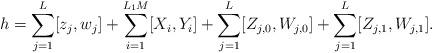
LaTeX: \begin{align*}h=\sum_{j=1}^{L} [z_j,w_j]+\sum_{i=1}^{L_1M} [X_i,Y_i]+\sum_{j=1}^L[Z_{j,0},W_{j,0}]+\sum_{j=1}^L[Z_{j,1},W_{j,1}].\end{align*}